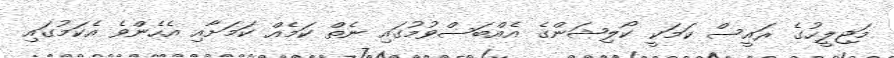
މަޖިލީހުގެ ރައީސް ކަމަކީ ކޯލިޝަންގެ އެއްބަސްވުމުގައި ނެތް ކަމެއް ކަމަށާއި އެހެންވެ އެކަމުގައި